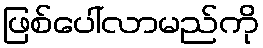
ဖြစ်ပေါ်လာမည်ကို